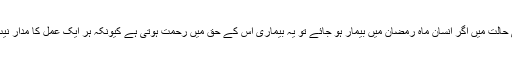
اور ایسی حالت میں اگر انسان ماہ رمضان میں بیمار ہو جائے تو یہ بیماری اس کے حق میں رحمت ہوتی ہے کیونکہ ہر ایک عمل کا مدار نیت پرہے۔